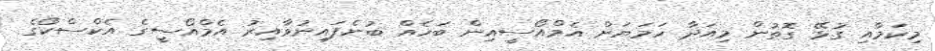
މިކަމާއި ގުޅޭ ގޮތުން މިއަދާ ހަމަޔަށް އެމްއޯސީއިން ބަހެއް ބުނެފައިނުވާއިރު އެމްއޯސީގެ އެކްސްކޯގެ